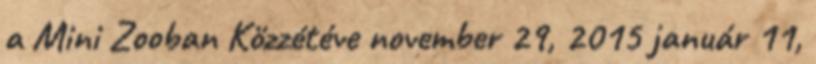
a Mini Zooban Közzétéve november 29, 2015 január 11,